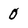
Character: 0